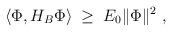
LaTeX: \begin{align*}\langle \Phi, H_B \Phi\rangle \;\geq \; E_0 \Vert\Phi\Vert^2 \ ,\end{align*}